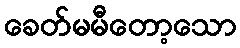
ခေတ်မမီတော့သော